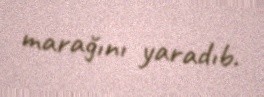
marağını yaradıb.